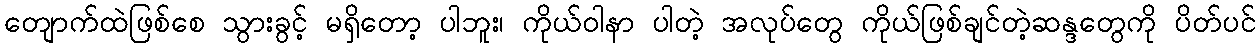
တျောက်ထဲဖြစ်စေ သွားခွင့် မရှိတော့ ပါဘူး၊ ကိုယ်ဝါနာ ပါတဲ့ အလုပ်တွေ ကိုယ်ဖြစ်ချင်တဲ့ဆန္ဒတွေကို ပိတ်ပင်